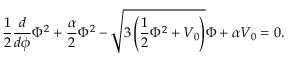
{ \frac { 1 } { 2 } \frac { d } { d \phi } \Phi ^ { 2 } + \frac { \alpha } { 2 } \Phi ^ { 2 } - \sqrt { 3 \left( \frac { 1 } { 2 } \Phi ^ { 2 } + V _ { 0 } \right) } \Phi + \alpha V _ { 0 } = 0 . }